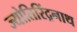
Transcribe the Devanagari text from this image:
ज्योतिरिंद्रनाथ